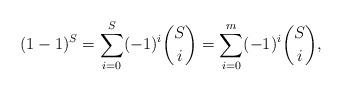
LaTeX: \begin{align*}(1-1)^S=\sum_{i=0}^S (-1)^i {S\choose i}=\sum_{i=0}^m (-1)^i {S\choose i},\end{align*}